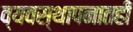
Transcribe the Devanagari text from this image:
व्यवस्थापनातही